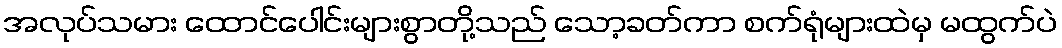
အလုပ်သမား ထောင်ပေါင်းများစွာတို့သည် သော့ခတ်ကာ စက်ရုံများထဲမှ မထွက်ပဲ